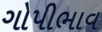
ગોપીભાવ